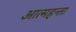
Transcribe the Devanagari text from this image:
आत्महन्ता